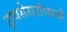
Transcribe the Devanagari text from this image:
ट्रायसेराटॉप्सची